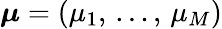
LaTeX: \boldsymbol{\mu}=(\mu_{1},\, ...,\, \mu_{M})